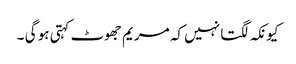
کیونکہ لگتا نہیں کہ مریم جھوٹ کہتی ہو گی ۔